system: You are a helpful assistant.
user:
Analyze the provided spectrum to determine if it is a **M-type Giant (gM)**.

A M-type Giant spectrum is defined by its **strong molecular absorption** features, particularly from **Titanium Oxide (TiO)**. You must check for one of the following mutually exclusive signatures:

- **Key Visual Indicators (Absorption-Dominated Spectrum):**

    - **(Primary):** The spectrum is dominated by strong molecular absorption from **Titanium Oxide (TiO)**. This is the **defining feature** of its M-type temperature class.
        - **(Key Bandheads):** Look for sharp, "saw-tooth" absorption valleys. The strongest are located near **~7050 Å**, **~6160 Å**, and **~5170 Å**.
        - **(Line Profile):** The "saw-tooth" morphology is critical: a **sharp, steep drop on the BLUE (short-wavelength) side** of the bandhead, followed by a gradual recovery (rising flux) towards the RED (long-wavelength) side.

    - **(Key Confirmation - Giant vs. Dwarf):** **ABSENCE** of strong **Calcium Hydride (CaH)** molecular bands. This is the primary diagnostic for *excluding* M-dwarfs.
        - **(Key Region):** The spectrum should lack the strong, broad absorption band seen in dwarfs between **~6800 Å and ~7000 Å**.

    - **(Secondary Confirmation - Giant):** A very strong and broad **Neutral Calcium (Ca I)** atomic absorption line.
        - **(Key Line):** Located at **~4226 Å**. In a giant (gM), this line is significantly deeper and broader than the same line in an M-dwarf (dM) due to low surface gravity.

    - **(Overall Spectrum):**
        - The continuum is **extremely red-sloping** (i.e., flux is very low in the blue and rises dramatically towards the red).
        - The entire spectrum appears "chopped up" by the deep TiO bands.

Think first, call **spectral_visualization_tool** if needed to examine features in detail, then provide your final answer. Your response must adhere to the following strict rules:
1.  **Overall Structure:** Your response must follow the format `<think>...</think> <tool_call>...</tool_call> (if a tool is used) <answer>...</answer>`.
2.  **Tool Usage Constraint:** You may only make **one** tool call per turn.
3.  **Final Answer Format:** In the `<answer>` tag, your conclusion must be inside a `\boxed{}` command (e.g., `\boxed{YES}` or `\boxed{NO}`), followed by your justification.

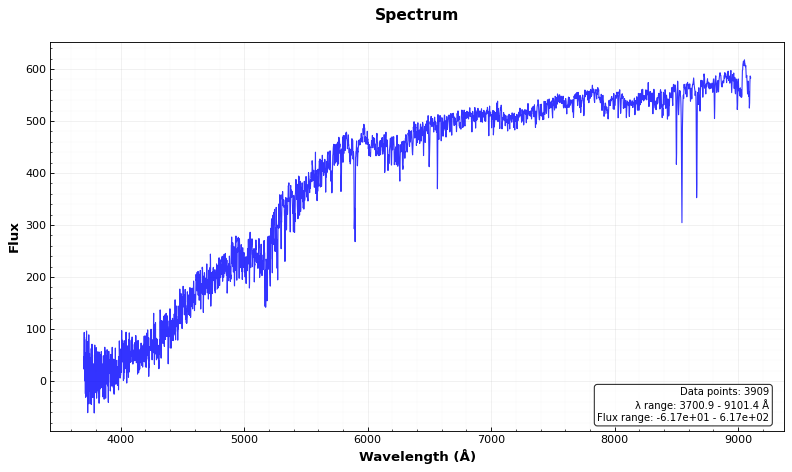
Answer: NO